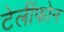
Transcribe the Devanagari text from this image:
टेलींफोन